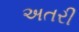
અતરી